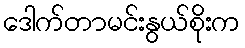
ဒေါက်တာမင်းနွယ်စိုးက